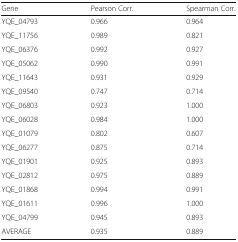
| Gene | Pearson Corr. | Spearman Corr. |
 | --- | --- | --- |
 | YQE_04793 | 0.966 | 0.964 |
 | YQE_11756 | 0.989 | 0.821 |
 | YQE_06376 | 0.992 | 0.927 |
 | YQE_05062 | 0.990 | 0.991 |
 | YQE_11643 | 0.931 | 0.929 |
 | YQE_09540 | 0.747 | 0.714 |
 | YQE_06803 | 0.923 | 1.000 |
 | YQE_06028 | 0.984 | 1.000 |
 | YQE_01079 | 0.802 | 0.607 |
 | YQE_06277 | 0.875 | 0.714 |
 | YQE_01901 | 0.925 | 0.893 |
 | YQE_02812 | 0.975 | 0.889 |
 | YQE_01868 | 0.994 | 0.991 |
 | YQE_01611 | 0.996 | 1.000 |
 | YQE_04799 | 0.945 | 0.893 |
 | AVERAGE | 0.935 | 0.889 |